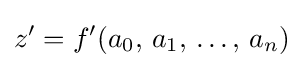
z'=f'(a_{0},\,a_{1},\,\dots ,\,a_{n})